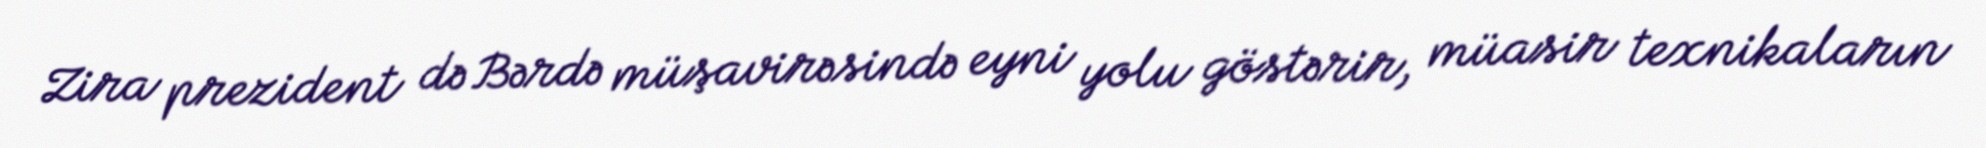
Zira prezident də Bərdə müşavirəsində eyni yolu göstərir, müasir texnikaların